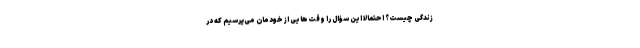
زندگی چیست؟ احتمالاً این سؤال را وقت‌هایی از خودمان می‌پرسیم که در